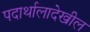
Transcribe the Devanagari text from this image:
पदार्थालादेखील